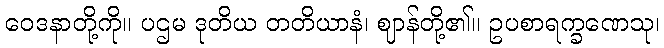
ဝေဒနာတို့ကို။ ပဌမ ဒုတိယ တတိယာနံ၊ ဈာန်တို့၏။ ဥပစာရက္ခဏေသု၊